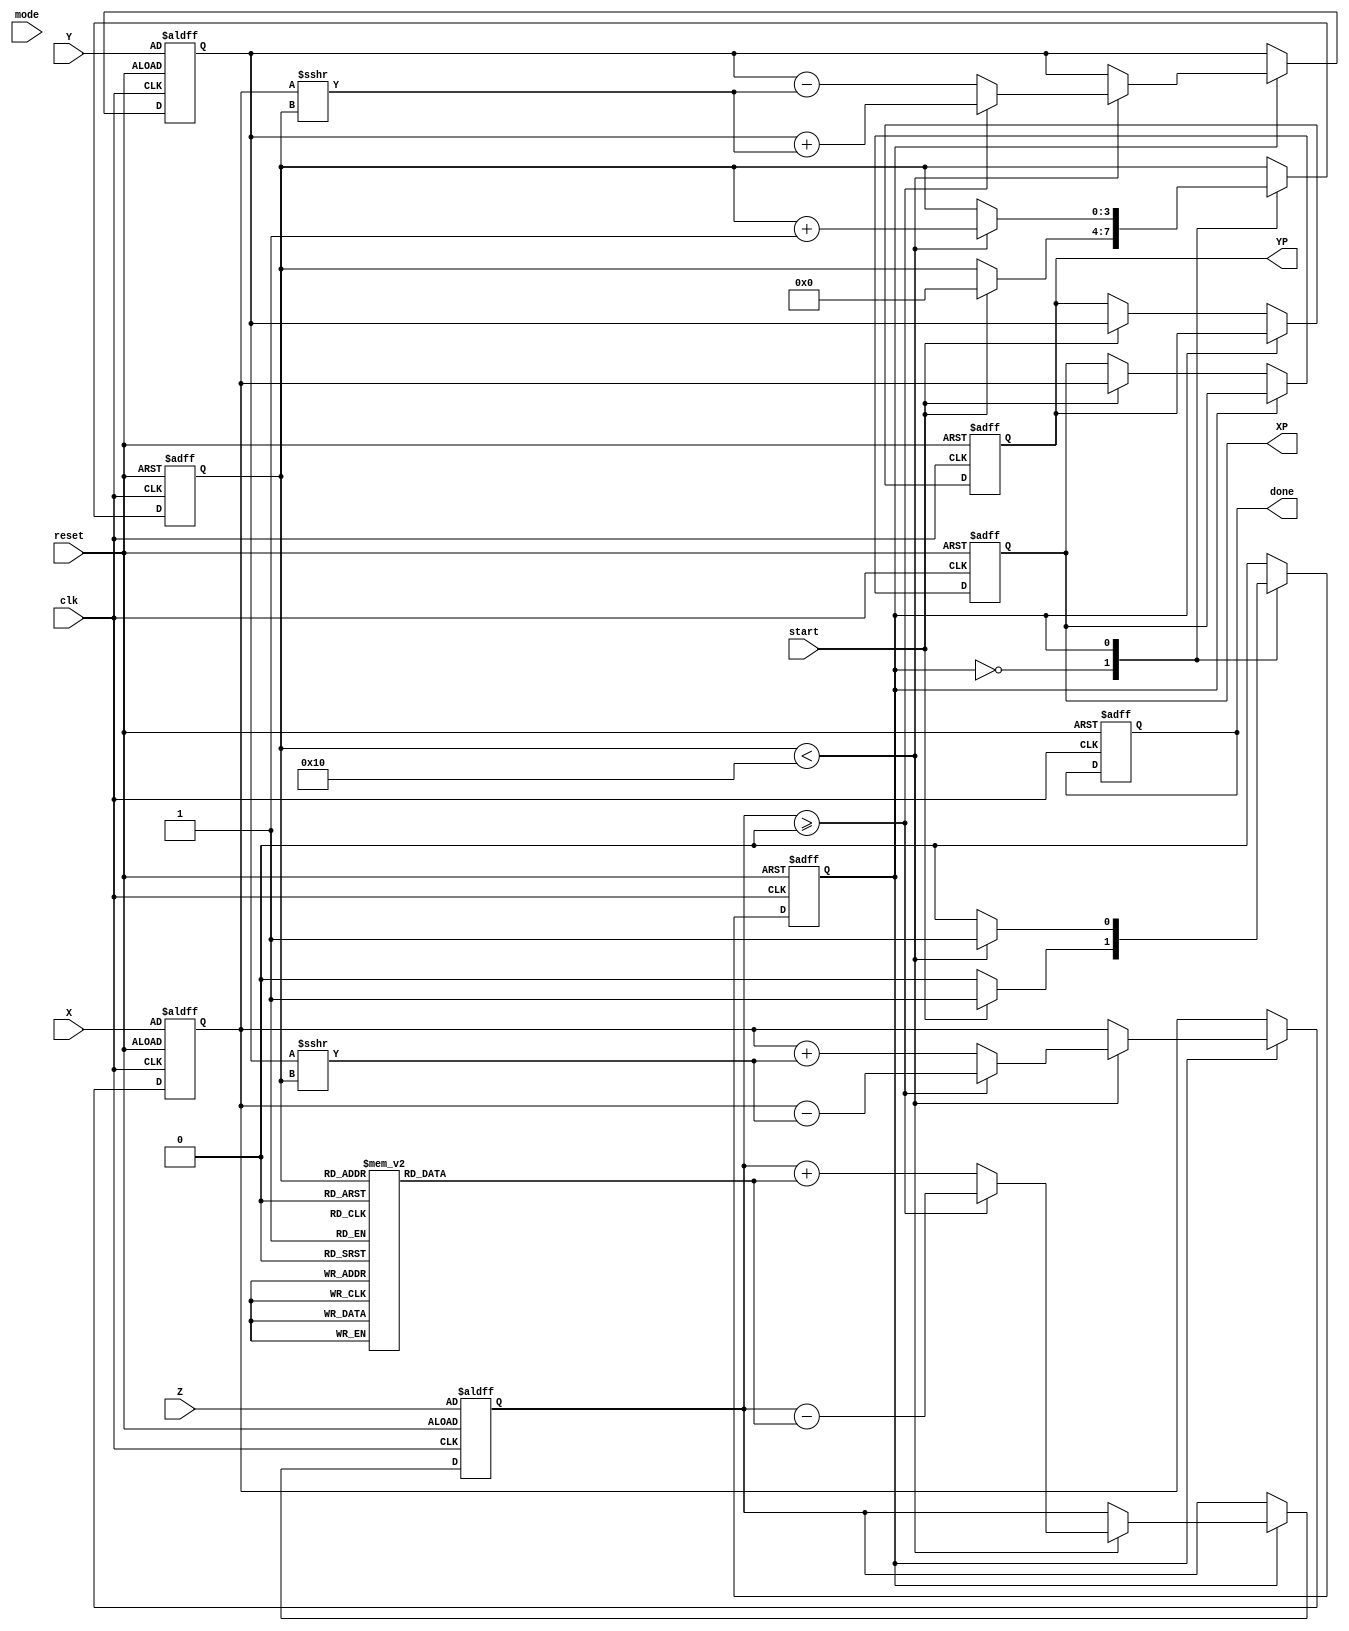
module hyperbolic_cordic (
    input wire clk,
    input wire reset,
    input wire start,
    input wire mode, // 0 for sinh/cosh, 1 for sinh/cosh
    input wire signed [15:0] X, // Fixed-point x-coordinate input
    input wire signed [15:0] Y, // Fixed-point y-coordinate input
    input wire signed [15:0] Z, // Fixed-point angle (hyperbolic angle)
    output reg signed [15:0] XP, // Resultant x-coordinate output
    output reg signed [15:0] YP, // Resultant y-coordinate output
    output reg done // Done flag
);

parameter NUM_ITERATIONS = 16; // Number of iterations for precision
parameter FIXED_POINT_SCALE = 16'h10000; // Scaling factor for fixed point

// CORDIC LUT for hyperbolic functions
reg signed [15:0] lut [0:NUM_ITERATIONS-1]; // Look-up table for hyperbolic atan
initial begin
    // Initialize LUT for atanh(1/(2^i))
    lut[0] = 16'h0000;  // atanh(1) = 0
    lut[1] = 16'h1C71;  // atanh(1/2) = 0.4636476090 in Q15
    lut[2] = 16'h0D1F;  // atanh(1/4) = 0.2449786631 in Q15
    // ... fill in other values for higher iterations ...
end

// Internal signals
reg signed [15:0] x_reg, y_reg, z_reg;
reg [3:0] iteration; // Current iteration counter
reg fsm_state; // FSM state (0: idle, 1: running, 2: done)

// FSM for control
always @(posedge clk or posedge reset) begin
    if (reset) begin
        fsm_state <= 0;
        done <= 0;
        iteration <= 0;
        XP <= 0;
        YP <= 0;
        x_reg <= X;
        y_reg <= Y;
        z_reg <= Z;
    end else begin
        case (fsm_state)
            0: begin // Idle
                if (start) begin
                    fsm_state <= 1;
                    iteration <= 0;
                    XP <= x_reg;
                    YP <= y_reg;
                end
            end
            1: begin // Running
                if (iteration < NUM_ITERATIONS) begin
                    if (z_reg >= 0) begin
                        // CORDIC rotation
                        x_reg <= x_reg - (y_reg >>> iteration);
                        y_reg <= y_reg + (x_reg >>> iteration);
                        z_reg <= z_reg - lut[iteration];
                    end else begin
                        // CORDIC rotation
                        x_reg <= x_reg + (y_reg >>> iteration);
                        y_reg <= y_reg - (x_reg >>> iteration);
                        z_reg <= z_reg + lut[iteration];
                    end
                    iteration <= iteration + 1;
                end else begin
                    // Finished processing
                    fsm_state <= 2;
                end
            end
            2: begin // Done
                XP <= x_reg; // Output results
                YP <= y_reg;
                done <= 1; // Set done flag
                fsm_state <= 0; // Go back to idle
            end
        endcase
    end
end

endmodule